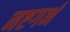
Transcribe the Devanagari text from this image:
नष्टगर्भ